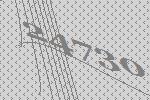
24730